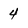
Character: 4